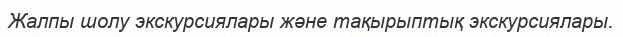
Жалпы шолу экскурсиялары және тақырыптық экскурсиялары.